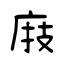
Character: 庪